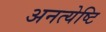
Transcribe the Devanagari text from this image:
अनत्येष्टि